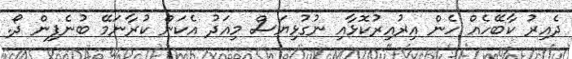
ދެއިރު ކާބޭހެއް ހެން އިރުއިރުކޮޅާއި ނުގުޅިޔަސް މިއަދު އެކަން ކުރާނަމޭ ބުނެފިން ދޯ.